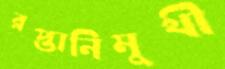
রপ্তানিমুখী